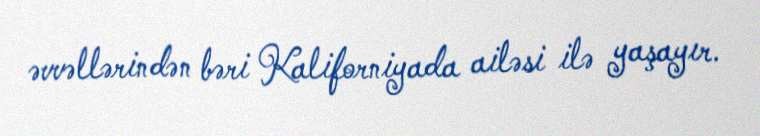
əvvəllərindən bəri Kaliforniyada ailəsi ilə yaşayır.